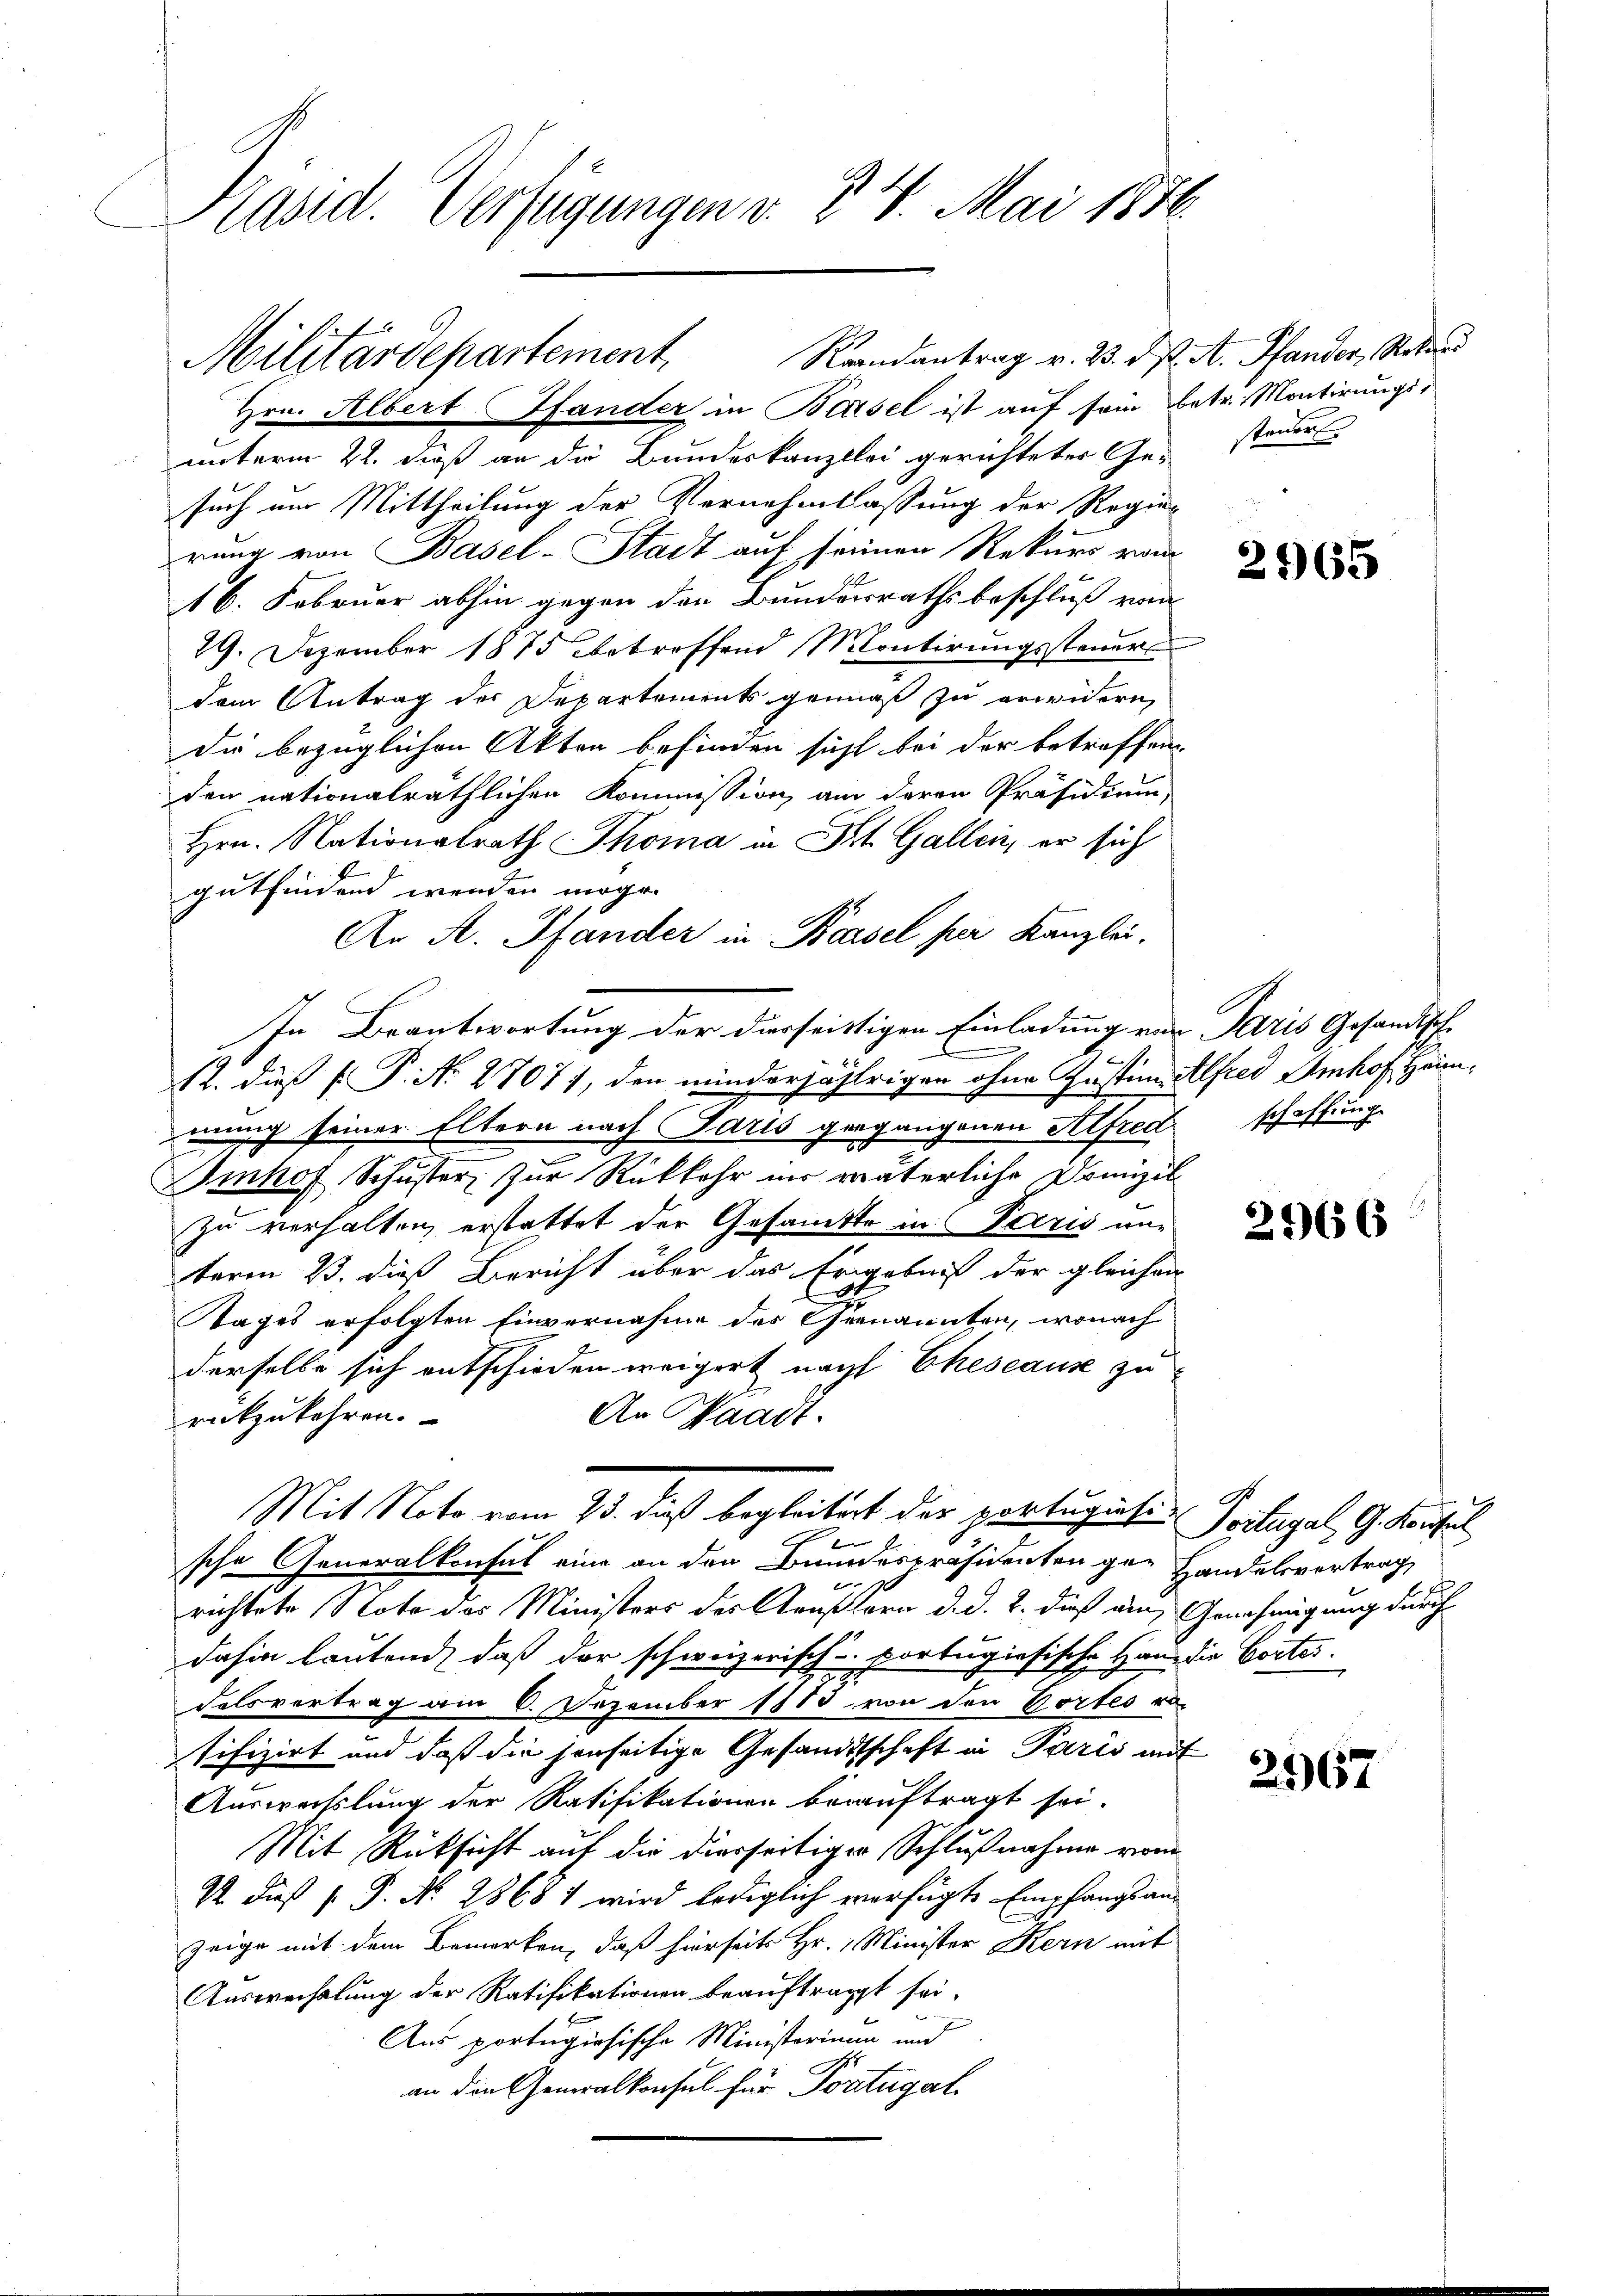
Präsid. Verfügungen v. 3. 4. Mai 1882.

Militärdepartement. Randantrag v. 23. ds. A. Pfander, Rotar

Hrn. Albert Pfander in Basel ist auf sein betr. Montirungsunterm 22. daß an die Bundeskanzlei gerichtetes Gesuch am Mittheilung der Vernehmlassung der Regierung von Basel-Stadt auf seinen Rekurs vom
16. Februar abhin gegen den Bundesrathsbeschluß von
79. Dezember 1875 betroffend Montirungssteuer
dem Antrag der Departements gemäß zu erwidern,
Die bezüglichen Akten befinden sicht bei der betreffen
den nationalräthlichen Kommission am deren Präsidium,
Hrn. Nationalrath Thoma in St. Gallen, er sich
gutfindend werden möge.
Ar A. Pfander in Basel per Kanzlei.
In Beantwortung der diesseitigen Einladung von Paris Gesandtsch-
1.
12. dieß P. Nr. 2707), den minderjährigen ohne Juster Alfred Amhof Heim,
mung seiner Eltern nach Parts gegangenen Alfred schaffung
Imhof Schuster, zur Rückkehr ins väterliche Domizil
zu verhalten, erstattet der Gesandte in Paris nur
term 23. dieß Bericht über das Ergebniß der gleichen
Tages erfolgten Einvernahme des Genannten, wonach
derselbe sich entschieden weigert nach Ehescause zu
An Waadt.
rückzukehren.
Mit Note vom 25. Fuß begleitert der portugisis Situgal, G. Kustel
2
sche Generalkonsul eine an den Bundespräsidenten ge- Handelsvertrag
richtete Note des Ministers der Gaußern d. d. 2. dieß am Genehmigung durch
dahin lautend, daß der schweizerisch-portugisische Hand die Cortes.
delsvertrag am 6. Dezember 1883 von den Portes r
sifizirt und daß die jenseitige Gesandtschaft in Paris mit
Ausweislung der Ratifikationen beauftragt sei.
Mit Rücksicht auf die dierseitiger Schlußnahme vom
½. dieß s. S. Nr. 28681 wird lediglich verfügte Empfangsanzeige mit dem Bemerken, daß hierseits Hr. Minister Kern mit
Auswechslung der Ratifikationen beauftragt sei.
Aus portugisische Ministorium und
an den Generalkonsul für Portugal

steuert.

E

2965

2966

2967